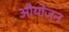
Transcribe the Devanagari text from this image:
औयोजन